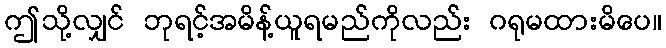
ဤသို့လျှင် ဘုရင့်အမိန့်ယူရမည်ကိုလည်း ဂရုမထားမိပေ။